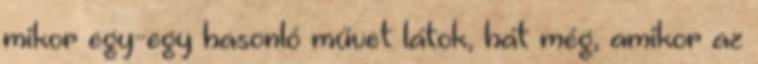
mikor egy-egy hasonló művet látok, hát még, amikor az